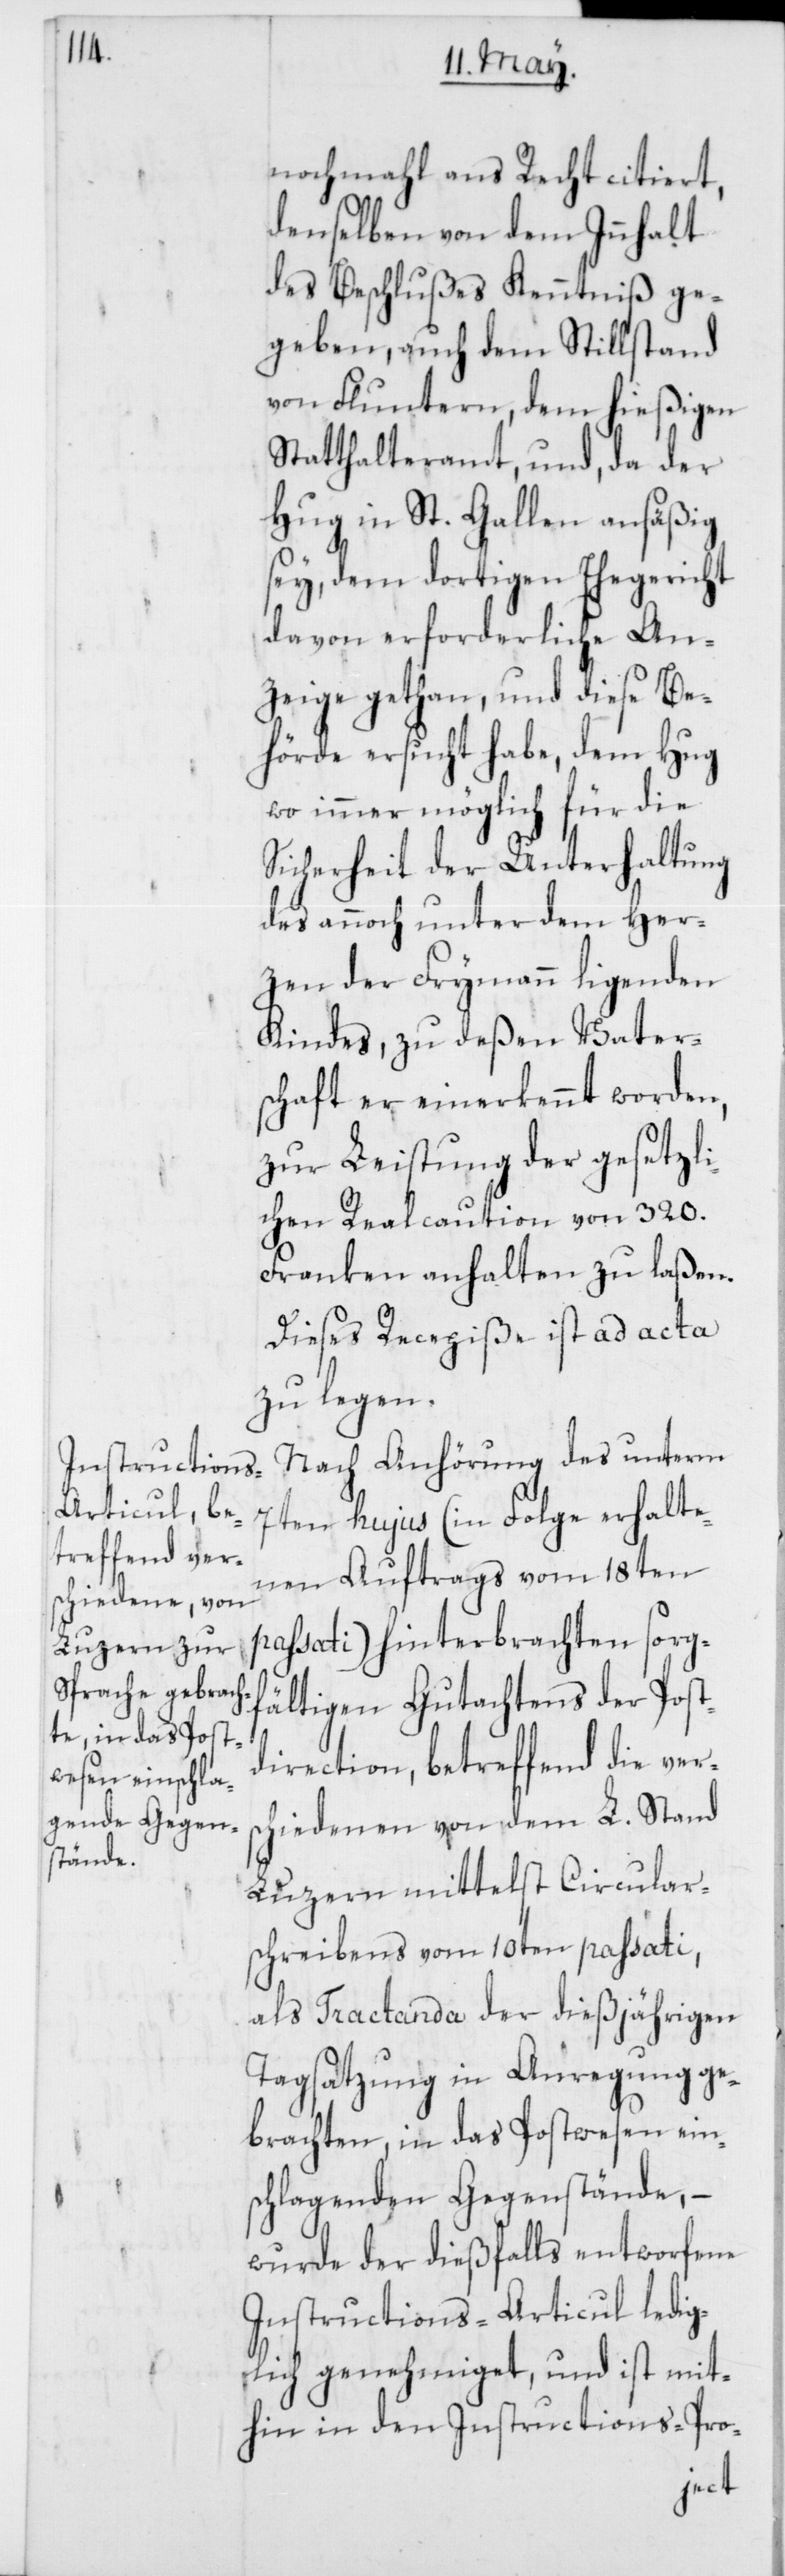
nochmahl ans Recht citiert,
denselben von dem Innhalt
des Beschlußes Kenntniß ge¬
geben, auch dem Stillstand
von Fluntern, dem hießigen
Statthalteramt, und, da der
Hug in St. Gallen ansäßig
sey, dem dortigen Ehegericht
davon erforderliche An¬
zeige gethan, und diese Be¬
hörde ersucht habe, dem Hug
wo immer möglich für die
Sicherheit der Unterhaltung
des annoch unter dem Her¬
zen der Frymann ligenden
Kindes, zu deßen Vater¬
schaft er einerkennt worden,
zur Leistung der gesetzli¬
chen Realcaution von 320.
Franken anhalten zu laßen.
Dieses Recepiße ist ad acta
zu legen.
Nach Anhörung des unterm
7ten hujus (in Folge erhalte¬
nen Auftrags vom 18ten
passati) hinterbrachten sorgf¬
ältigen Gutachtens der Post¬
direction, betreffend die vers¬
chiedenen von dem L. Stand
Luzern mittelst Circular¬
schreibens vom 10ten passati,
als Tractanda der dießjährigen
Tagsatzung in Anregung ge¬
brachten, in das Postwesen eins¬
chlagenden Gegenstände, –
wurde der dießfalls entworfene
Instructions-Articul ledig¬
lich genehmiget, und ist mit¬
hin in den Instructions-Pro-